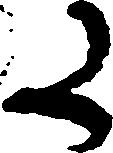
た